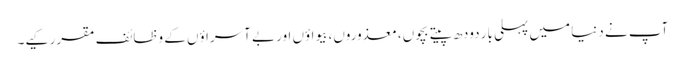
آپ نے دنیا میں پہلی بار دودھ پیتے بچوں، معذوروں، بیواؤں اور بے آسراؤں کے وظائف مقرر کیے۔